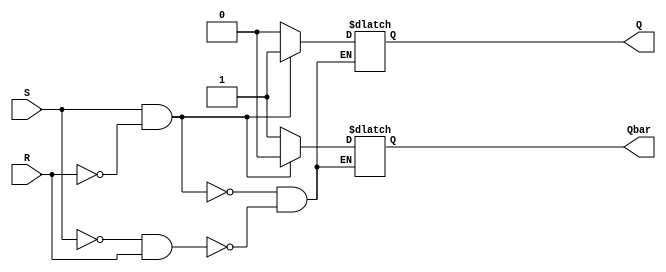
module SR_latch(
    input S, // Set input
    input R, // Reset input
    output reg Q, // Q output
    output reg Qbar // Q' output
);

always @(S, R)
begin
    if (S && !R) // If Set is active and Reset is inactive
    begin
        Q <= 1'b1; // Q output is set high
        Qbar <= 1'b0; // Q' output is set low
    end
    else if (!S && R) // If Set is inactive and Reset is active
    begin
        Q <= 1'b0; // Q output is reset low
        Qbar <= 1'b1; // Q' output is set high
    end
end

endmodule